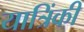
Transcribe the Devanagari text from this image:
यात्रिंकी